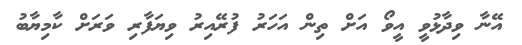
އޭނާ ވިދާޅުވީ އީވޯ އަށް ތިން އަހަރު ފުރޭއިރު ވިޔަފާރި ވަރަށް ކާމިޔާބު